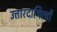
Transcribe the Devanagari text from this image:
उत्तारदायित्वों